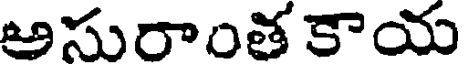
అసురాంత కాయ